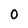
Character: O